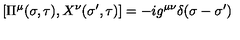
\left[ \Pi ^ { \mu } ( \sigma , \tau ) , X ^ { \nu } ( \sigma ^ { \prime } , \tau ) \right] = - i g ^ { \mu \nu } \delta ( \sigma - \sigma ^ { \prime } )